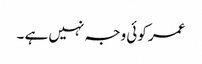
عمر کوئی وجہ نہیں ہے ۔